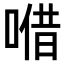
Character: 𠺦